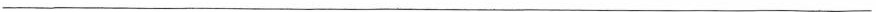
___